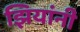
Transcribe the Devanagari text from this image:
झियांनी